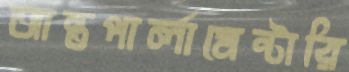
আন্তপার্লামেন্টারি